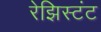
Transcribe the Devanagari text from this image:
रेझिस्टंट